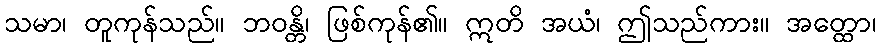
သမာ၊ တူကုန်သည်။ ဘဝန္တိ၊ ဖြစ်ကုန်၏။ ဣတိ အယံ၊ ဤသည်ကား။ အတ္ထော၊